Vaccination Hyderabad 1872-1889 - 1872-1889
Year: 1872
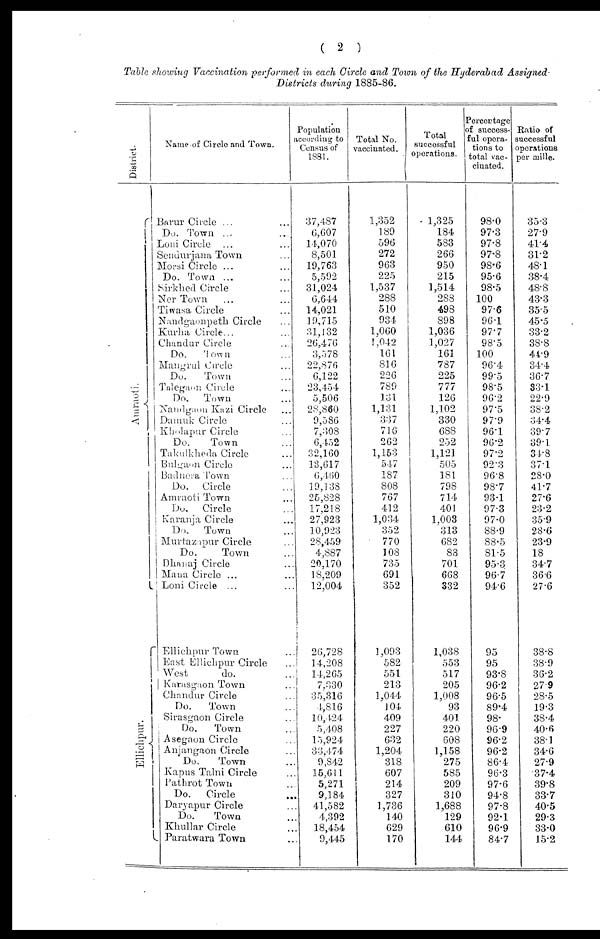
( 2 )
Table showing Vaccination performed in each Circle and Town of the Hyderabad Assigned.
Districts during 1885-86.
District.
Amraoti.
Ellichpur.
Name of Circle and Town.
Barur Circle ... ...
Do. Town ... ...
Loni Circle ... ...
Sendurjana Town ...
Morsi Circle ... ...
Do. Town ... ...
Sirkhed Circle ...
Ner Town ... ...
Tiwasa Circle ...
Nandgaonpeth Circle ...
Kurha Circle... ...
Chandar Circle ...
Do.
Town ...
Mangrul Circle ...
Do.
Town ...
Talegaon Circle ...
Do.
Town ...
Nandgaon Kazi Circle ...
Damuk Circle ...
Kholapur Circle ...
Do.
Town ...
Takulkheda Circle ...
Bulgaon Circle ...
Badnera Town ...
Do.
Circle ...
Amraoti Town ...
Do.
Circle ...
Karanja Circle ...
Do.
Town ...
Murtazapur Circle ...
Do.
Town ...
Dhanaj Circle ...
Mana Circle ... ...
Loni Circle ... ...
Ellichpur Town ...
East Ellichpur Circle ...
West
do. ...
Karasgaon Town ...
Chandur Circle ...
Do.
Town ...
Sirasgaon Circle ...
Do.
Town ...
Asegaon Circle ...
Anjangaon Circle ...
Do.
Town ...
Kapus Talni Circle ...
Pathrot Town ...
Do.
Circle ...
Daryapur Circle ...
Do.
Town ...
Khullar Circle ...
Paratwara Town ...
Population
according to
Census of
1881.
37,487
6,607
14,070
8,501
19,763
5,592
31,024
6,644
14,021
19,715
31,132
26,476
3,578
22,876
6,122
23,454
5,506
28,860
9,586
7,308
6,452
32,160
13,617
6,460
19,138
25,828
17,218
27,923
10,923
28,459
4,887
20,170
18,209
12,004
20,728
14,208
14,265
7,330
35,316
4,816
10,424
5,408
15,924
33,474
9,842
15,611
5,271
9,184
41,582
4,392
18,454
9,445
Total No.
vaccinated.
1,352
189
596
272
963
225
1,537
288
510
934
1,060
1,042
161
816
226
789
131
1,131
337
716
262
1,153
547
187
808
767
412
1,034
352
770
108
735
691
352
1,093
582
551
213
1,044
104
409
227
632
1,204
318
607
214
327
1,736
140
629
170
Total
successful
operations.
1,325
184
583
266
950
215
1,514
288
498
898
1,036
1,027
161
787
225
777
126
1,102
330
688
252
1,121
505
181
798
714
401
1,003
313
682
88
701
668
332
1,038
553
517
205
1,008
93
401
220
608
1,158
275
585
209
310
1,688
129
610
144
Percentage
of success-
ful opera-
tions to
total vac-
cinated.
98.0
97.3
97.8
97.8
98.6
95.6
98.5
100
97.6
96.1
97.7
98.5
100
96.4
99.5
98.5
96.2
97.5
97.9
96.1
96.2
97.2
92.3
96.8
98.7
93.1
97.3
97.0
88.9
88.5
81.5
95.3
96.7
94.6
95
95
93.8
96.2
96.5
89.4
98.
96.9
96.2
96.2
86.4
96.3
97.6
94.8
97.8
92.1
96.9
84.7
Ratio of
successful
operations
per mille.
35.3
27.9
41.4
31.2
48.1
38.4
48.8
43.3
35.5
45.5
33.2
38.8
44.9
34.4
36.7
33.1
22.9
38.2
34.4
39.7
39.1
34.8
37.1
28.0
41.7
27.6
23.2
35.9
28.6
23.9
18
34.7
36.6
27.6
38.8
38.9
36.2
27.9
28.5
19.3
38.4
40.6
38.1
34.6
27.9
37.4
39.8
33.7
40.5
29.3
33.0
15.2